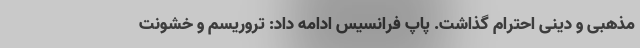
مذهبی و دینی احترام گذاشت. پاپ فرانسیس ادامه داد: تروریسم و خشونت